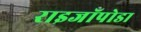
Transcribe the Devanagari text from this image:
राइजॉपोडा